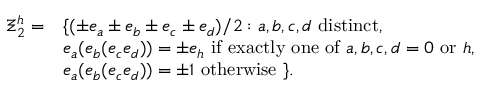
\begin{array} { c l } { { \Xi _ { 2 } ^ { h } = } } & { { \{ ( \pm e _ { a } \pm e _ { b } \pm e _ { c } \pm e _ { d } ) / 2 : a , b , c , d \mathrm { ~ d i s t i n c t } , } } \\ { { } } & { { e _ { a } ( e _ { b } ( e _ { c } e _ { d } ) ) = \pm e _ { h } \mathrm { ~ i f ~ e x a c t l y ~ o n e ~ o f ~ } a , b , c , d = 0 \mathrm { ~ o r ~ } h , } } \\ { { } } & { { e _ { a } ( e _ { b } ( e _ { c } e _ { d } ) ) = \pm 1 \mathrm { ~ o t h e r w i s e ~ } \} . } } \end{array}